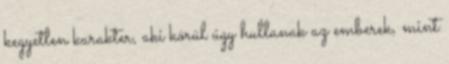
kegyetlen karakter, aki körül úgy hullanak az emberek, mint